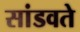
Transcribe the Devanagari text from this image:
सांडवते